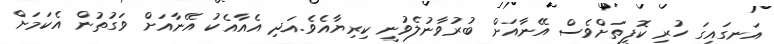
އަނގައިގަ ހުރި ކޮފީތަށްވެސް އޭނާއަށް ބުރުވާނުލެވުނީ ކިރިޔާއެވެ.އަދި އެއާއެކު އޭނާއަށް ވަގުތުން އެކަމަށް